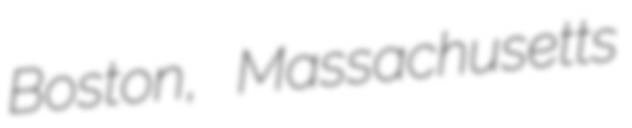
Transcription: Boston, Massachusetts